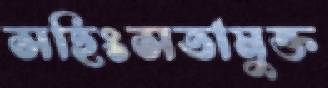
সহিংসতামুক্ত